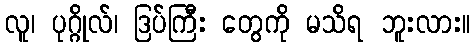
လူ၊ ပုဂ္ဂိုလ်၊ ဒြပ်ကြီး တွေကို မသိရ ဘူးလား။